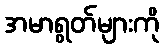
အမာရွတ်များကို